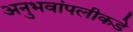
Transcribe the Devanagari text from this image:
अनुभवांपलीकडे